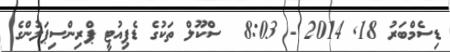
ޑިސެމްބަރު 18